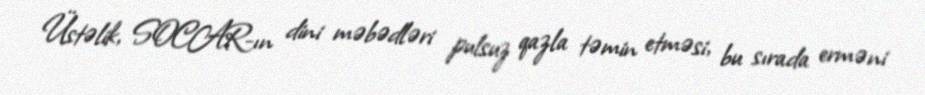
Üstəlik, SOCAR-ın dini məbədləri pulsuz qazla təmin etməsi, bu sırada erməni